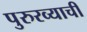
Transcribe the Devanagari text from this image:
पुरुरव्याची